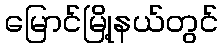
မြောင်မြို့နယ်တွင်